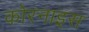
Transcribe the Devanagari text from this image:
कोरनाइस